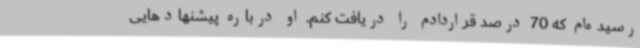
رسیده‌ام که 70 درصد قراردادم را دریافت کنم. او درباره پیشنهادهایی